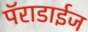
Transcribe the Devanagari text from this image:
पॅराडाईज